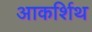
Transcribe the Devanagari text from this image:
आकर्शिथ